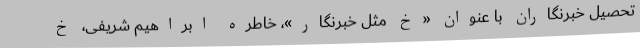
تحصیل خبرنگاران با عنوان «‌خ مثل خبرنگار»، خاطره ابراهیم شریفی، خ